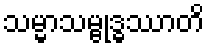
သမ္မာသမ္ဗုဒ္ဓဿာတိ